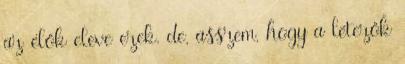
az élők eleve ezek. de, asszem, hogy a létezők